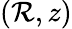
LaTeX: \left(\mathcal{R},z\right)